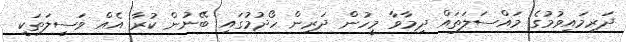
ދަރިމައިވުމުގެ މައްސަލަތައް ދިމާވާ މީހުން ދަރިން ހޯދުމުގައި ބޭނުން ކުރާ އެއް ވަސީލަތަކީ